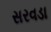
સરવડા